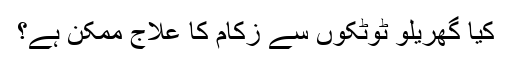
کیا گھریلو ٹوٹکوں سے زکام کا علاج ممکن ہے؟